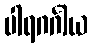
ပါရဂင်္ဂါယ